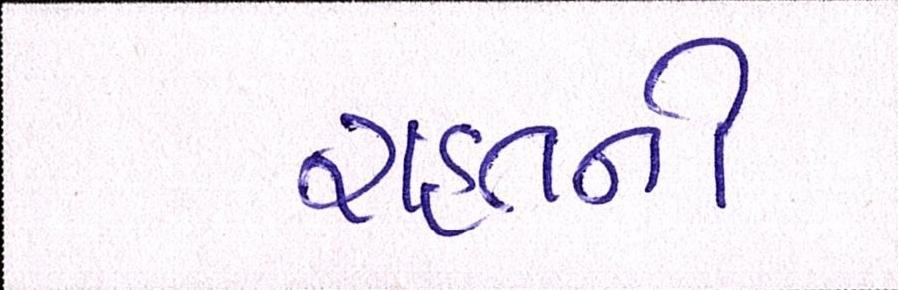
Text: રાહતની